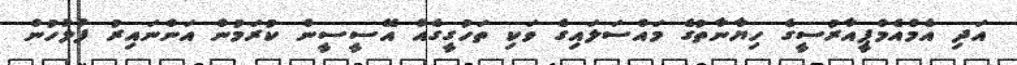
އަދި އެމްއެމްޕީއާރުސީގެ ހިޔާނާތުގެ މައްސަލައިގެ ވަކި ތަހުގީގެއް އޭސީސީން ކުރަމުން އަންނައިރު ފުލުހުން